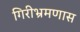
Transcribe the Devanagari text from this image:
गिरीभ्रमणास